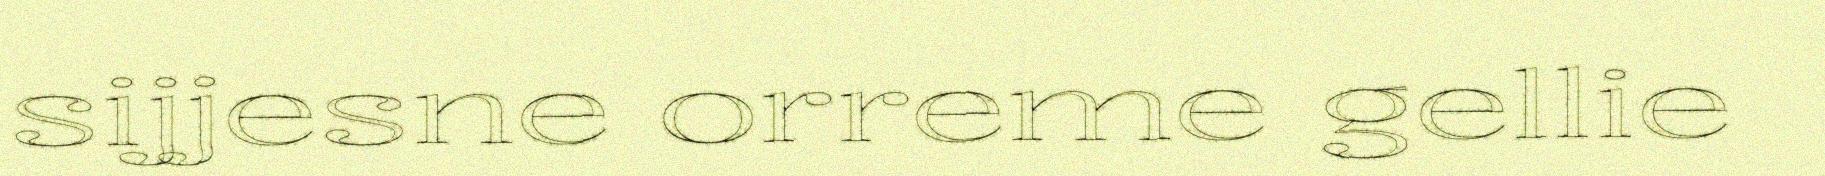
sijjesne orreme gellie